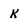
Character: k